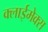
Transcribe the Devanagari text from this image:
क्लाईमेक्स